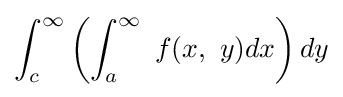
\int _{c}^{\infty }\left(\int _{a}^{\infty }\ f(x,\ y)dx\right)dy